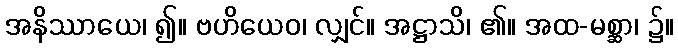
အနိဿာယေ၊ ၍။ ဗဟိယေဝ၊ လျှင်။ အဋ္ဌာသိ၊ ၏။ အထ-မစ္ဆာ၊ ၌။